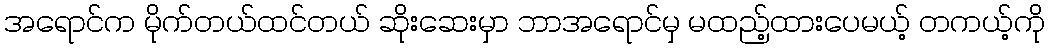
အရောင်က မိုက်တယ်ထင်တယ် ဆိုးဆေးမှာ ဘာအရောင်မှ မထည့်ထားပေမယ့် တကယ့်ကို